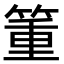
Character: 箽